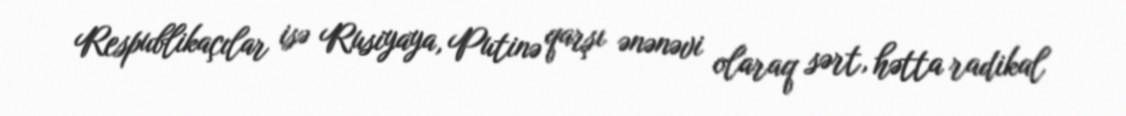
Respublikaçılar isə Rusiyaya, Putinə qarşı ənənəvi olaraq sərt, hətta radikal